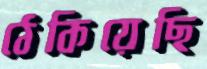
ঠেকিয়েছি